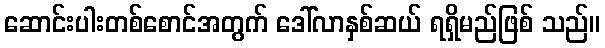
ဆောင်းပါးတစ်စောင်အတွက် ဒေါ်လာနှစ်ဆယ် ရရှိမည်ဖြစ် သည်။